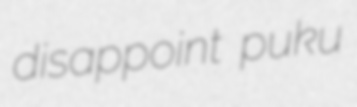
disappoint puku